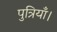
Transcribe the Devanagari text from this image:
पुत्रियाँ।